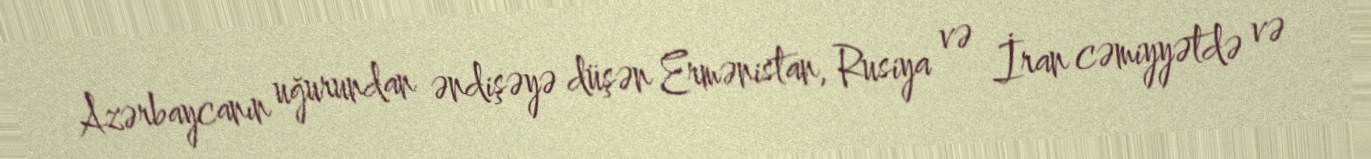
Azərbaycanın uğurundan əndişəyə düşən Ermənistan, Rusiya və İran cəmiyyətdə və